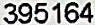
395164